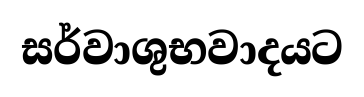
සර්වාශුභවාදයට